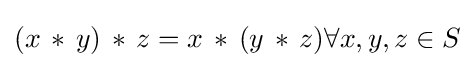
(x\,*\,y)\,*\,z=x\,*\,(y\,*\,z)\forall x,y,z\in S